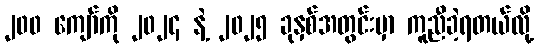
၂၀၀ ကျော်ကို ၂၀၂၄ နဲ့ ၂၀၂၅ ခုနှစ်အတွင်းမှာ ကူညီခဲ့ရတယ်လို့